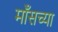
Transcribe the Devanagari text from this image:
माँसच्या